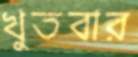
খুতবার